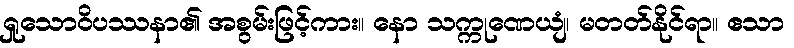
ရှုသောဝိပဿနာ၏ အစွမ်းဖြင့်ကား။ နော သက္ကုဏေယျံ၊ မတတ်နိုင်ရာ။ ဧသာ